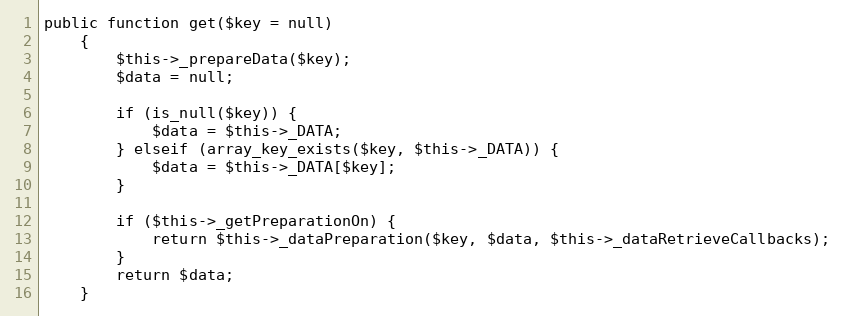
Language: PHP
public function get($key = null)
    {
        $this->_prepareData($key);
        $data = null;

        if (is_null($key)) {
            $data = $this->_DATA;
        } elseif (array_key_exists($key, $this->_DATA)) {
            $data = $this->_DATA[$key];
        }

        if ($this->_getPreparationOn) {
            return $this->_dataPreparation($key, $data, $this->_dataRetrieveCallbacks);
        }
        return $data;
    }